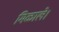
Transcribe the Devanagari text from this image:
मिळाले।